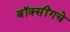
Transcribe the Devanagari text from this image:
बॉक्सींगचे